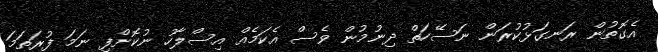
އެގޮތުން ރަނގަޅުކުރަން ނަސޭހަތް ދިނުމުން ވެސް އެކަމެއް އިސްލާހު ނުކޮށްފި ނަމަ ފުރަތަމަ